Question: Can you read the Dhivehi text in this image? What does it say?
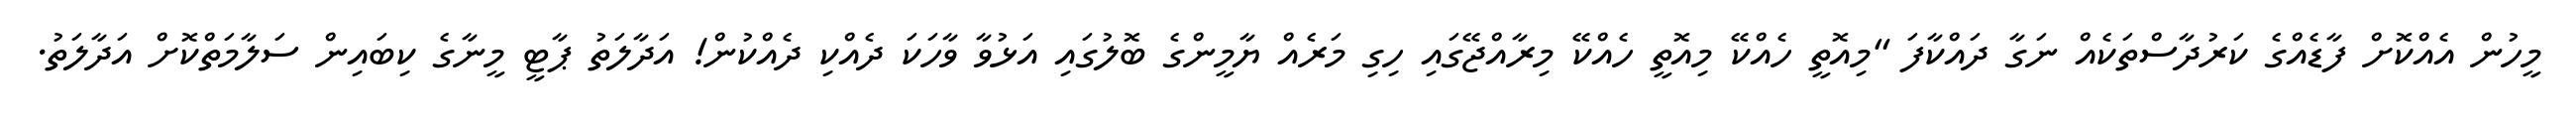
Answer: މީހުން އެއްކޮށް ފާޑެއްގެ ކަރުދާސްތަކެއް ނަގާ ދައްކާފަ "މިއޮތީ ހެއްކޭ މިއޮތީ ހެއްކޭ މިރާއްޖޭގައި ހިގި މަރެއް ޔާމީންގެ ބޮލުގައި އަޅުވާ ވާހަކަ ދެއްކި ދެއްކުން! އަދާލަތު ޕާޓީ މީނާގެ ކިބައިން ސަލާމަތްކޮށް އަދާލަތު.